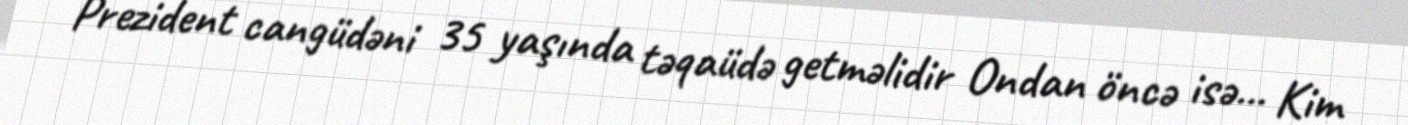
Prezident cangüdəni 35 yaşında təqaüdə getməlidir Ondan öncə isə... Kim